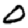
Digit: 0